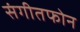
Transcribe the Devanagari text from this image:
संगीतफोन